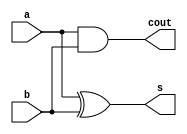
module half_adder (
    output wire cout,
    output wire s,
    input a,
    input b
);

assign s = a ^ b;
assign cout = a & b;


    
endmodule